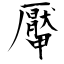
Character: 厴